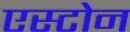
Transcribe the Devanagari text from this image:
एस्टोन